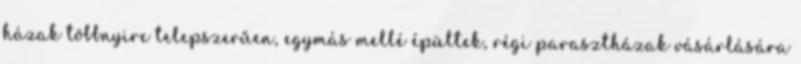
házak többnyire telepszerűen, egymás mellé épültek, régi parasztházak vásárlására